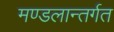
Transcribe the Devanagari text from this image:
मण्डलान्तर्गत